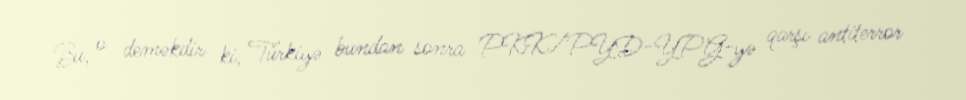
Bu, o deməkdir ki, Türkiyə bundan sonra PKK/PYD-YPG-yə qarşı antiterror